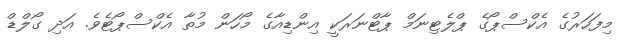
މިފަހަރުގެ އެކްސްޕޯގެ ޕްލެޓިނަމް ޕާޓްނަރަކީ އިންޑިއާގެ މޯހަން މުތާ އެކްސްޕޯޓެވެ. އަދި ގޯލްޑް